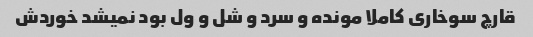
قارچ سوخاری کاملا مونده و سرد و شل و ول بود نمیشد خوردش